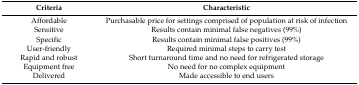
<table><thead><tr><td><b>Criteria</b></td><td><b>Characteristic</b></td></tr></thead><tbody><tr><td>Affordable</td><td>Purchasable price for settings comprised of population at risk of infection</td></tr><tr><td>Sensitive</td><td>Results contain minimal false negatives (99%)</td></tr><tr><td>Specific</td><td>Results contain minimal false positives (99%)</td></tr><tr><td>User-friendly</td><td>Required minimal steps to carry test</td></tr><tr><td>Rapid and robust</td><td>Short turnaround time and no need for refrigerated storage</td></tr><tr><td>Equipment free</td><td>No need for no complex equipment</td></tr><tr><td>Delivered</td><td>Made accessible to end users</td></tr></tbody></table>